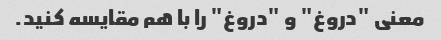
معنی "دروغ" و "دروغ" را با هم مقایسه کنید.